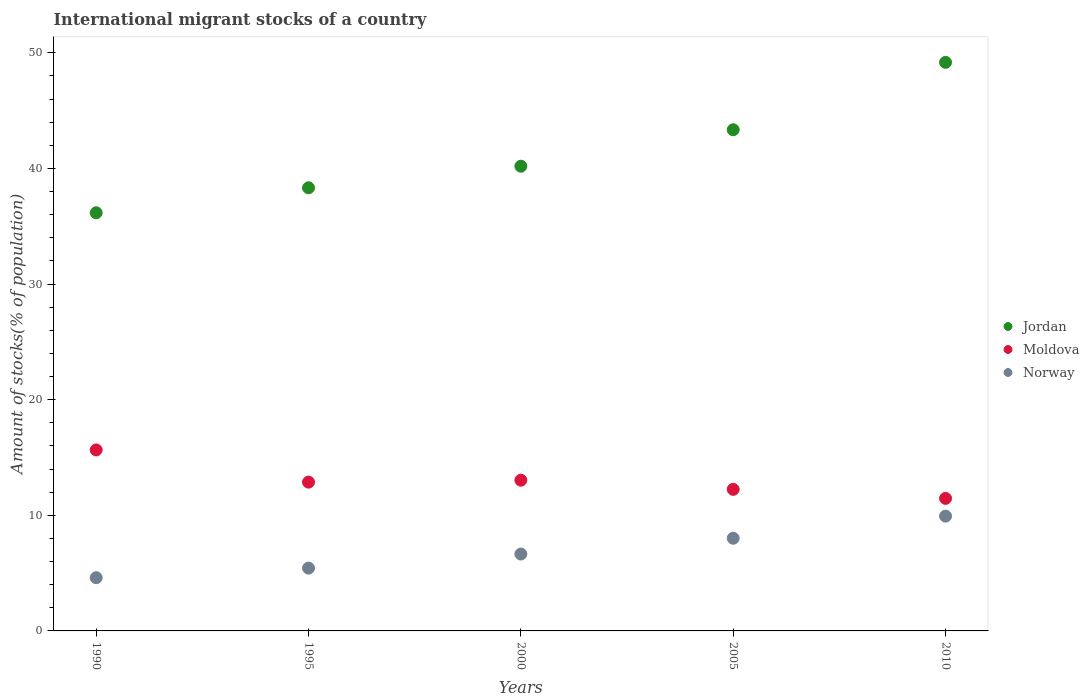
| Years | Jordan | Moldova | Norway |
 | --- | --- | --- | --- |
 | 1990 | 36.2 | 15.7 | 4.6 |
 | 1995 | 38.3 | 12.9 | 5.43 |
 | 2000 | 40.2 | 13 | 6.65 |
 | 2005 | 43.3 | 12.2 | 8.02 |
 | 2010 | 49.2 | 11.5 | 9.93 |